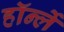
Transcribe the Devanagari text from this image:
हॉर्न्ले